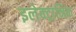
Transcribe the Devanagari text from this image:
इलेक्‍ट्रानिक